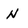
Character: N